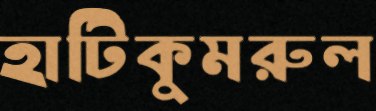
হাটিকুমরুল